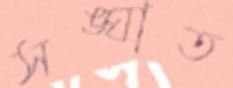
সঙ্ঘাত